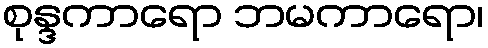
စုန္ဒကာရော ဘမကာရော၊